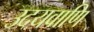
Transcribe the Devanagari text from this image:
उदयवाणि